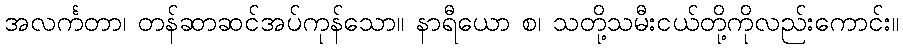
အလင်္ကတာ၊ တန်ဆာဆင်အပ်ကုန်သော။ နာရီယော စ၊ သတို့သမီးငယ်တို့ကိုလည်းကောင်း။